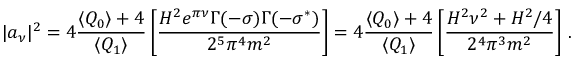
\vert a _ { \nu } \vert ^ { 2 } = 4 \frac { \langle Q _ { 0 } \rangle + 4 } { \langle Q _ { 1 } \rangle } \left[ \frac { H ^ { 2 } e ^ { \pi \nu } \Gamma ( - \sigma ) \Gamma ( - \sigma ^ { * } ) } { 2 ^ { 5 } \pi ^ { 4 } m ^ { 2 } } \right] = 4 \frac { \langle Q _ { 0 } \rangle + 4 } { \langle Q _ { 1 } \rangle } \left[ \frac { H ^ { 2 } \nu ^ { 2 } + H ^ { 2 } / 4 } { 2 ^ { 4 } \pi ^ { 3 } m ^ { 2 } } \right] \, .